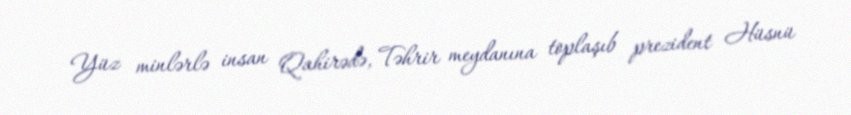
Yüz minlərlə insan Qahirədə, Təhrir meydanına toplaşıb prezident Hüsnü